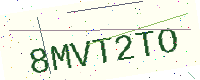
Text: 8MVT2TO